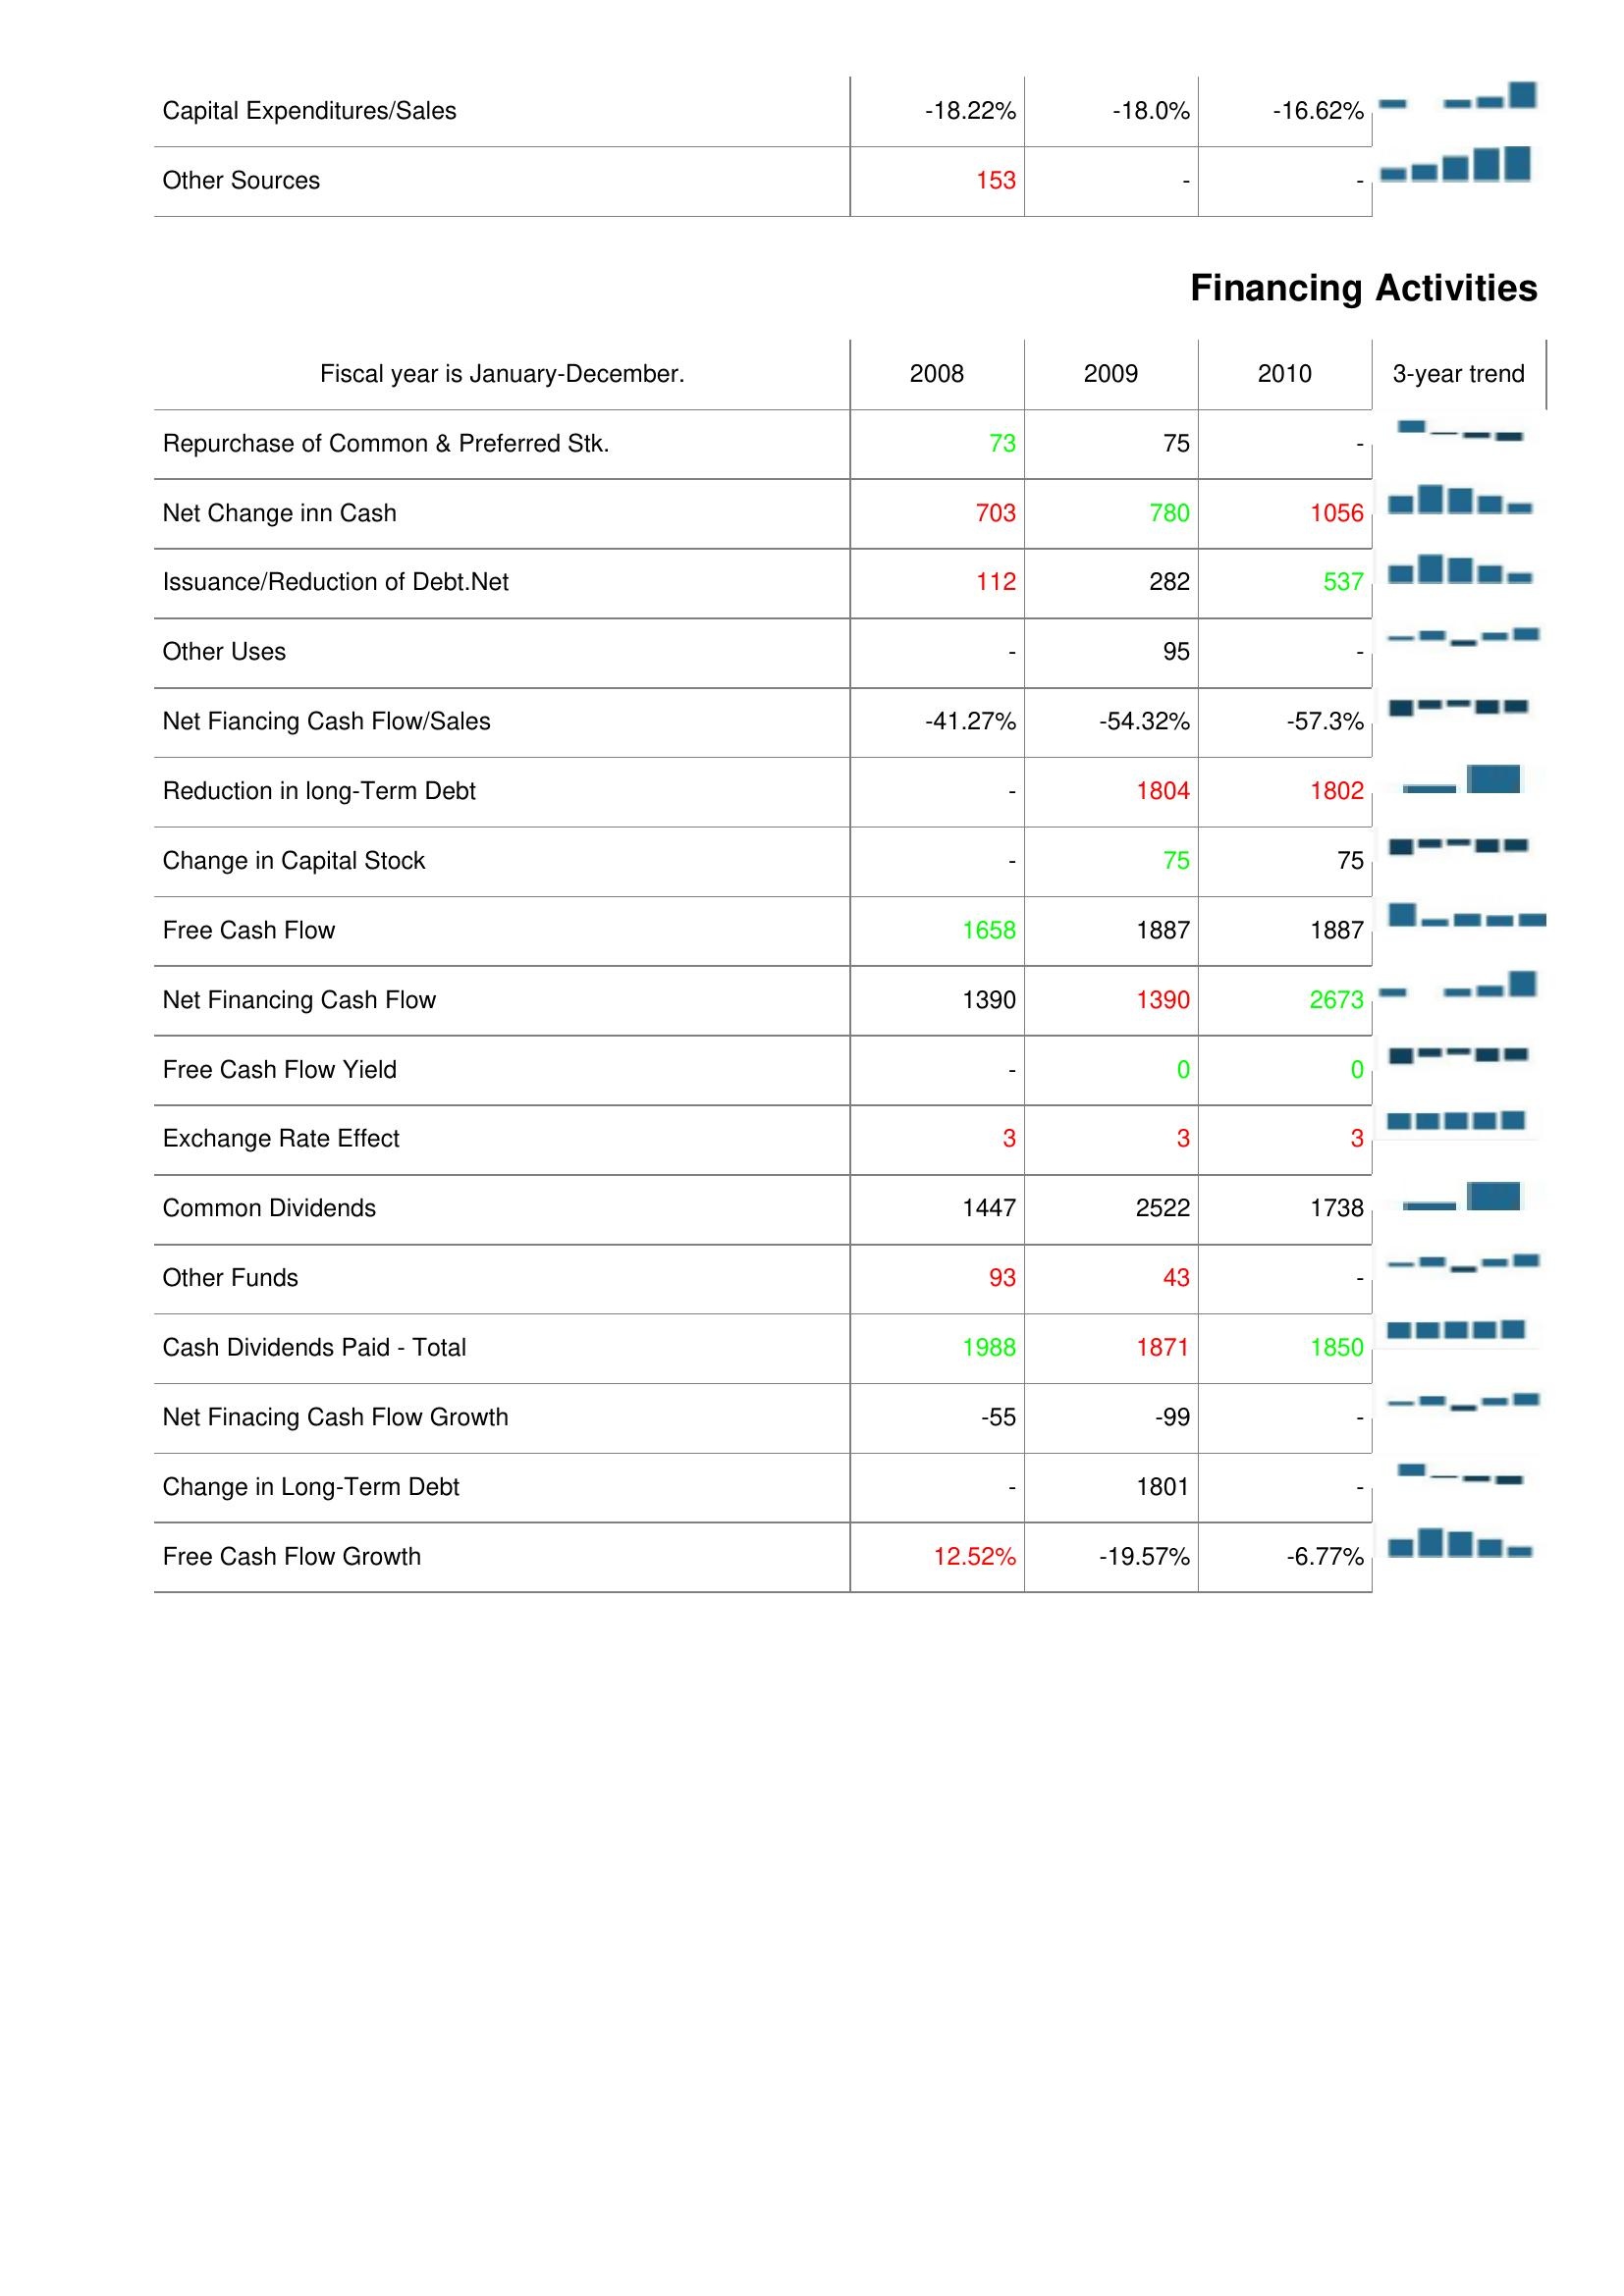
2008: Investing Activities: Capital Expenditures/Sales: -18.22%
Other Sources: 153
Financing Activities: Repurchase of Common & Preferred Stk.: 73
Net Change inn Cash: 703
Issuance/Reduction of Debt.Net: 112
Other Uses: -
Net Fiancing Cash Flow/Sales: -41.27%
Reduction in long-Term Debt: -
Change in Capital Stock: -
Free Cash Flow: 1658
Net Financing Cash Flow: 1390
Free Cash Flow Yield: -
Exchange Rate Effect: 3
Common Dividends: 1447
Other Funds: 93
Cash Dividends Paid - Total: 1988
Net Finacing Cash Flow Growth: -55
Change in Long-Term Debt: -
Free Cash Flow Growth: 12.52%
2009: Investing Activities: Capital Expenditures/Sales: -18.0%
Other Sources: -
Financing Activities: Repurchase of Common & Preferred Stk.: 75
Net Change inn Cash: 780
Issuance/Reduction of Debt.Net: 282
Other Uses: 95
Net Fiancing Cash Flow/Sales: -54.32%
Reduction in long-Term Debt: 1804
Change in Capital Stock: 75
Free Cash Flow: 1887
Net Financing Cash Flow: 1390
Free Cash Flow Yield: 0
Exchange Rate Effect: 3
Common Dividends: 2522
Other Funds: 43
Cash Dividends Paid - Total: 1871
Net Finacing Cash Flow Growth: -99
Change in Long-Term Debt: 1801
Free Cash Flow Growth: -19.57%
2010: Investing Activities: Capital Expenditures/Sales: -16.62%
Other Sources: -
Financing Activities: Repurchase of Common & Preferred Stk.: -
Net Change inn Cash: 1056
Issuance/Reduction of Debt.Net: 537
Other Uses: -
Net Fiancing Cash Flow/Sales: -57.3%
Reduction in long-Term Debt: 1802
Change in Capital Stock: 75
Free Cash Flow: 1887
Net Financing Cash Flow: 2673
Free Cash Flow Yield: 0
Exchange Rate Effect: 3
Common Dividends: 1738
Other Funds: -
Cash Dividends Paid - Total: 1850
Net Finacing Cash Flow Growth: -
Change in Long-Term Debt: -
Free Cash Flow Growth: -6.77%